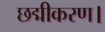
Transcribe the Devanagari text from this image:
छद्मीकरण।